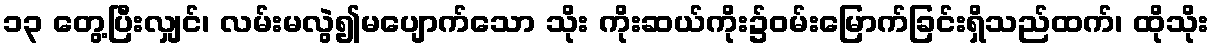
၁၃ တွေ့ပြီးလျှင်၊ လမ်းမလွဲ၍မပျောက်သော သိုး ကိုးဆယ်ကိုး၌ဝမ်းမြောက်ခြင်းရှိသည်ထက်၊ ထိုသိုး